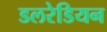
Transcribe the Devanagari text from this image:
डलरेडियन